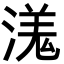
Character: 溬